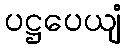
ပဋ္ဌပေယျံ